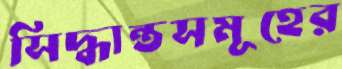
সিদ্ধান্তসমূহের